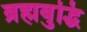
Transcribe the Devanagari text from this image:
ब्रह्मबुद्धि